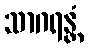
သာဂရန္တံ